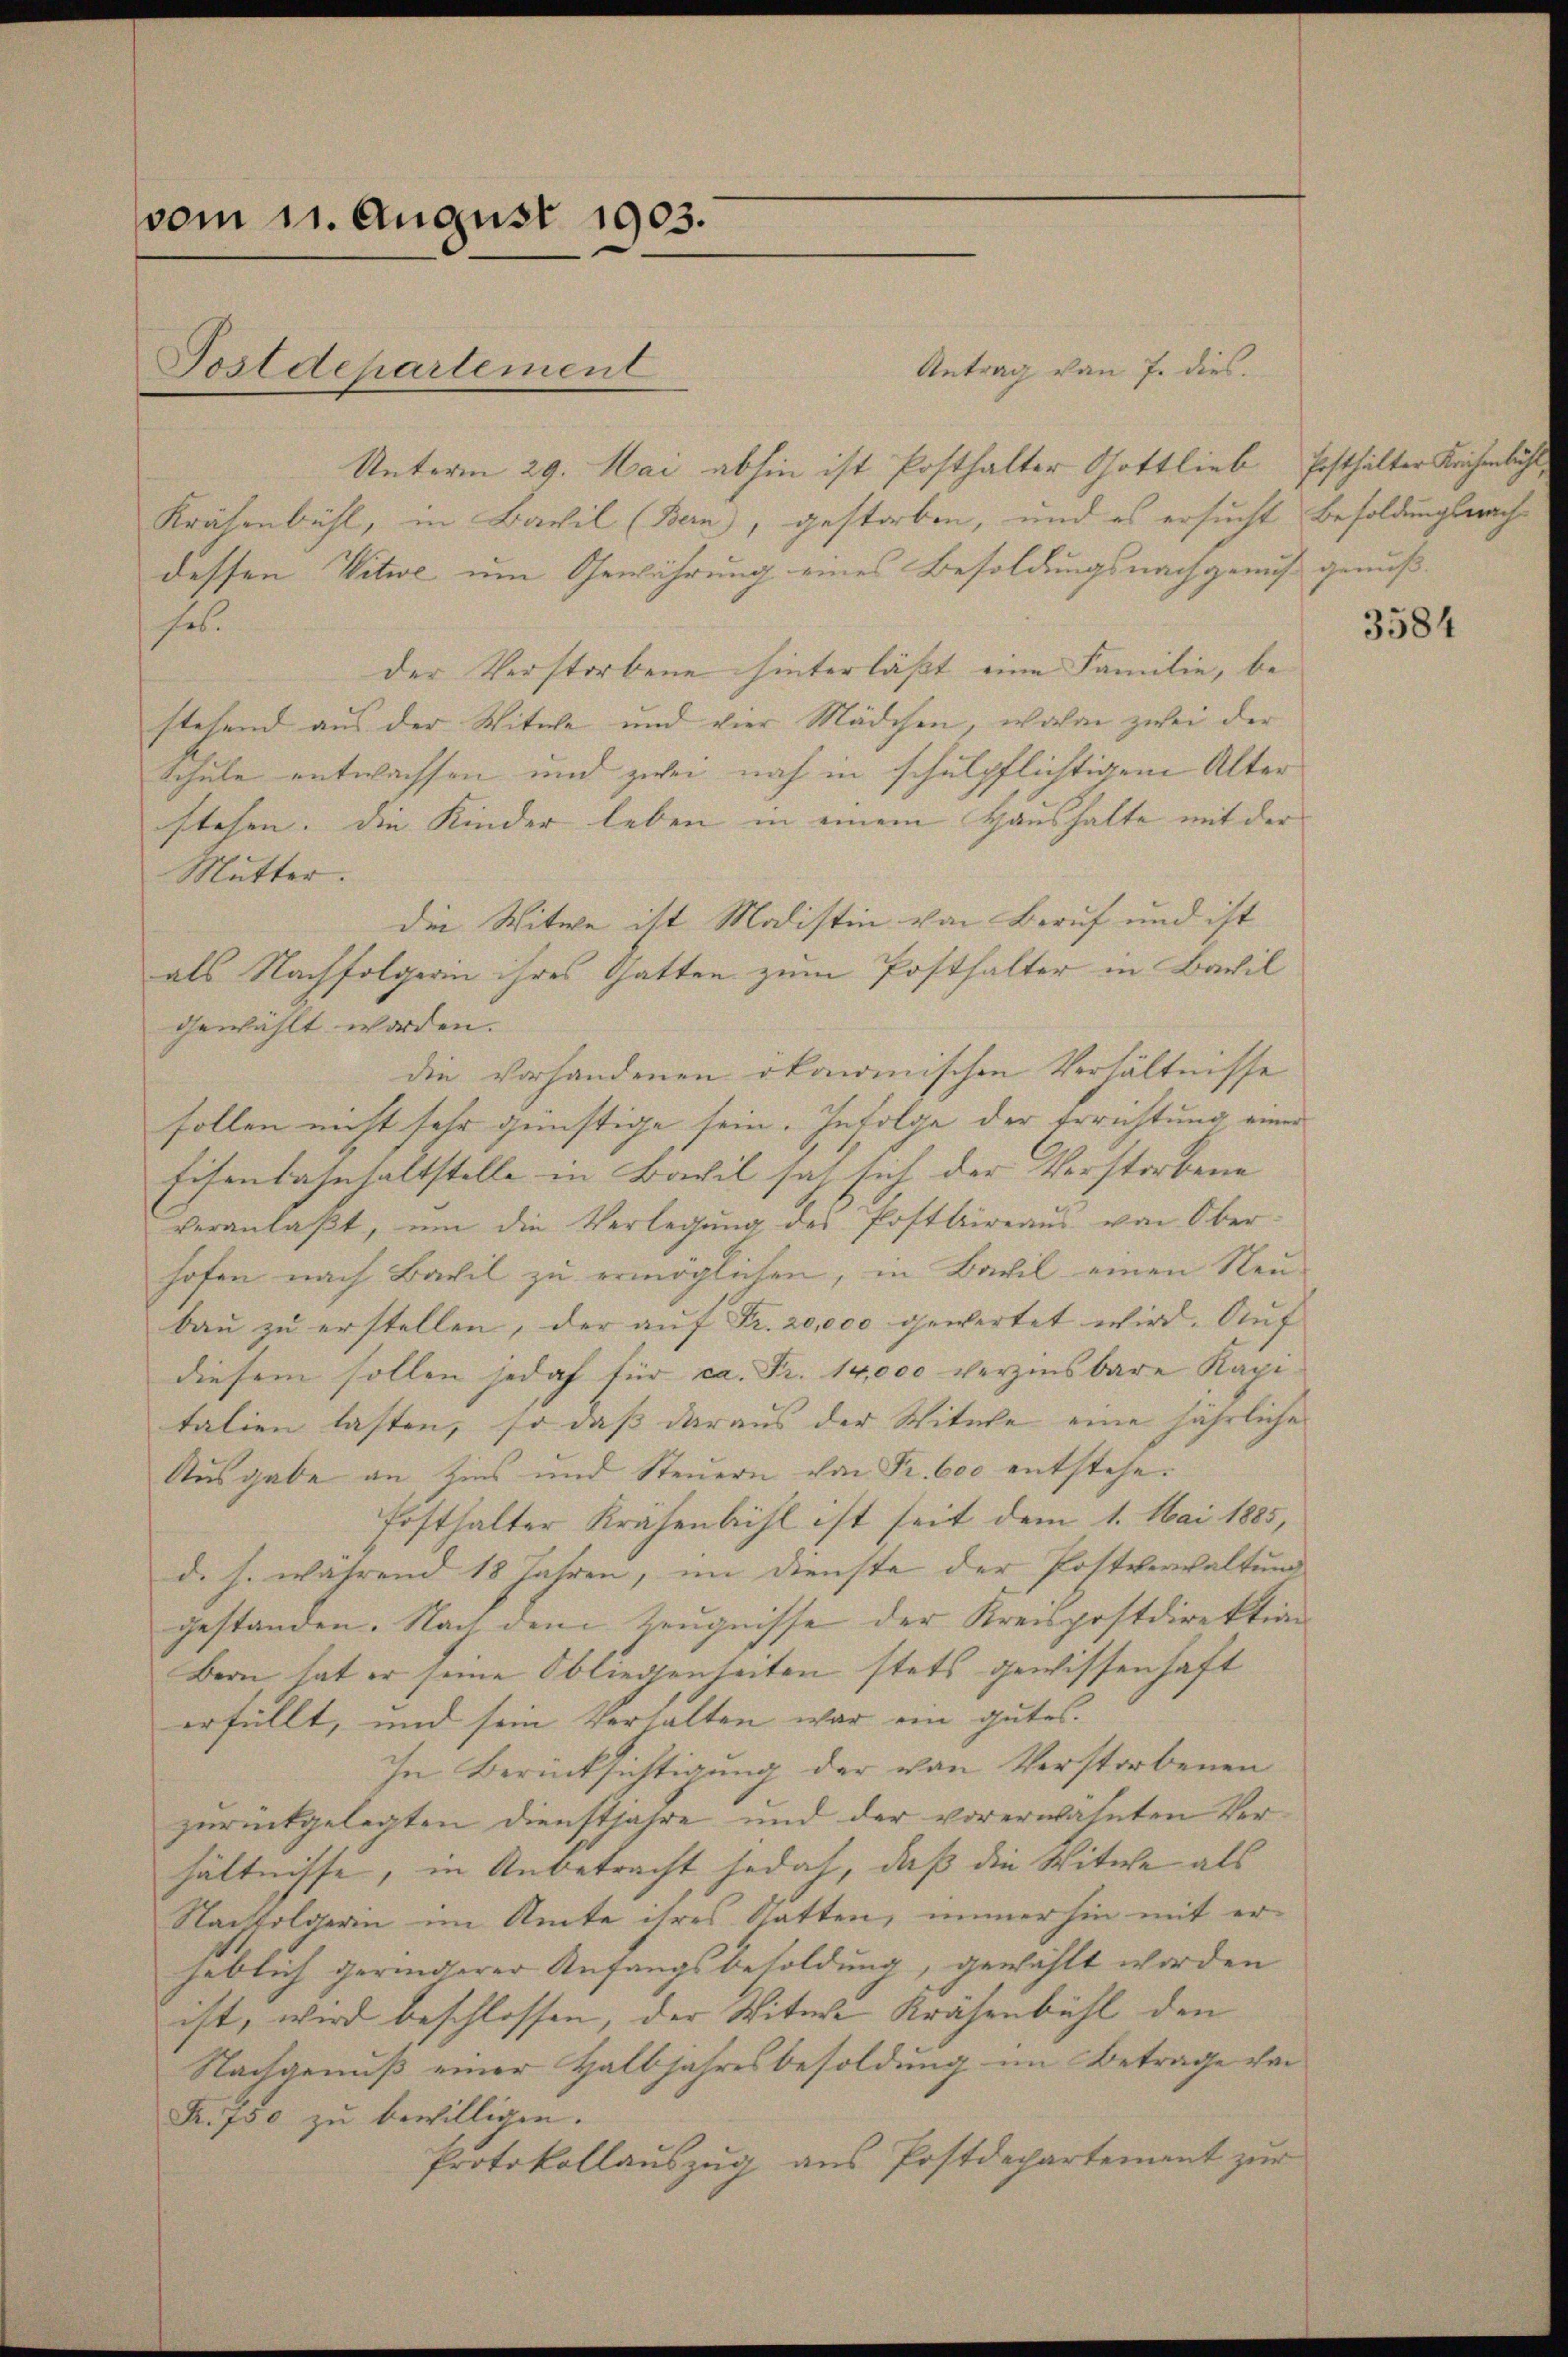
vom 11. August 1903.

Antrag von J. dies.
Unterm 29. Mai abhin ist Posthalter Gottlieb Posthalter Krichenbühl,
Krähenbühl, in Bachil (Bern, gestorben, und es ersucht Besoldungsmachdessen Witwe um Gewährung eines Besoldungsnachgenuß genußhes.
der Verstorbene hinterläßt eine Familie, be-
stehend aus der Witwe und vier Mädchen, wovon zwei der
Schule entwachsen und zwei noch in schulpflichtigem Alter
stehen. Die Kinder leben in einem Haushalte mit der
Mutter.
die Witwe ist Modistin von Beruf und ist
als Nachfolgerin ihres Gatten zum Posthalter in Bachil
gewählt worden.
die Vorhandenen ökonomischen Verhältnisse
sollen nicht sehr günstige sein. Infolge der Errichtung einer
Eisenbahnhaltstelle in Bavil sah sich der Verstorbene
veranlaβt, ŭm die Verlegŭng des Postbüreaŭs von Ober-
hofen nach Bavil zu ermöglichen, in Bavil einen Neu-
bau zu erstellen, der auf Fr. 20,000 gewertet wird. Auf
diesem sollen jedoch für ca. Fr. 14,000 verzinsbare Kapi
talien lasten, so dass daraus der Witwe eine jährliche
Ausgabe an Zins und Steuern von Fr. 600 entstehe¬
Fosthalter Krähenbühl ist seit dem 1. Mai 1885,
d. s. während 18 Jahren, im Dienste der Postverwaltung
gestanden. Nach dem Zeugnisse der Kreispostdirektion
Bern, hat er seine Obliegenheiten stets gewissenhaft |
erfüllt, und sein Verhalten war ein gutes.
In Berücksichtigung der von Verstorbenen
zurückgelegten Dienstjahre und der vorerwähnten Verhältnisse, in Anbetracht jedoch, daß die Witwe als
Nachfolgerin im Amte ihres Gatten, immerhin mit er-
heblich gerinderer Anfangsbesoldung, gewählt worden
ist, wird beschlossen, der Witwe Krähenbühl den
Nachgenuß einer Halbjahresbesoldung im Betrage von
Fr. 750 zu bewilligen.
Protokollauszug aus Postdepartement zur

Postdepartement

3584